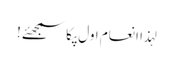
لہذا انعام اول پکا سمجھئے !